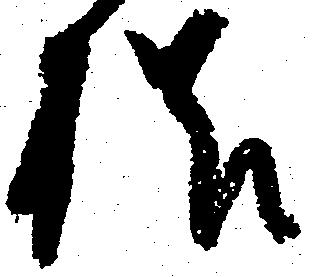
様